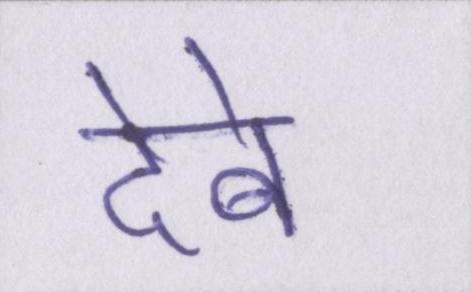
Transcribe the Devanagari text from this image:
देबे